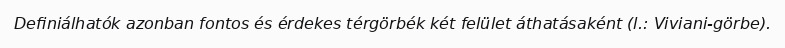
Definiálhatók azonban fontos és érdekes térgörbék két felület áthatásaként (l.: Viviani-görbe).